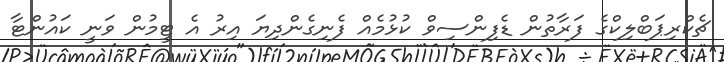
ޗެކްރިޕަބްލިކްގެ ފަރާތުން ޑެފިންސިވް ކުޅުމެއް ފެނިގެންދިޔަ އިރު އެ ޓީމުން ވަނީ ކައުންޓާ